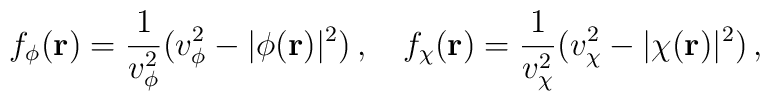
f_\phi({\bf r})=\frac{1}{v_\phi^2}(v_\phi^2-|\phi({\bf r})|^2)\,,\hspace{4mm}f_\chi({\bf r})=\frac{1}{v_\chi^2}(v_\chi^2-|\chi({\bf r})|^2)\,,